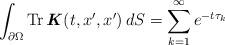
LaTeX: \begin{align*} \int_{\partial \Omega} \operatorname{Tr} \textbf{\textit{K}}(t,x^{\prime},x^{\prime}) \,dS = \sum_{k=1}^{\infty} e^{-t\tau_k}\end{align*}